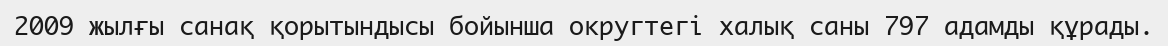
2009 жылғы санақ қорытындысы бойынша округтегі халық саны 797 адамды құрады.